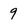
Character: 9